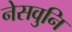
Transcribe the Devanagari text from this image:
नेसवुनि